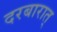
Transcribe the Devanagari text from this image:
दरबारात्